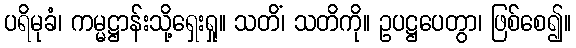
ပရိမုခံ၊ ကမ္မဋ္ဌာန်းသို့ရှေးရှု။ သတိံ၊ သတိကို။ ဥပဋ္ဌပေတွာ၊ ဖြစ်စေ၍။